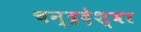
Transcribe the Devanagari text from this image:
चन्द्रदेश्वर